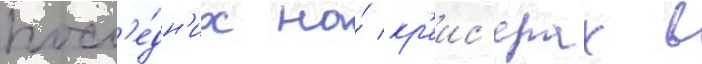
посл'е́дн'их на́ кр'еис'ерах в